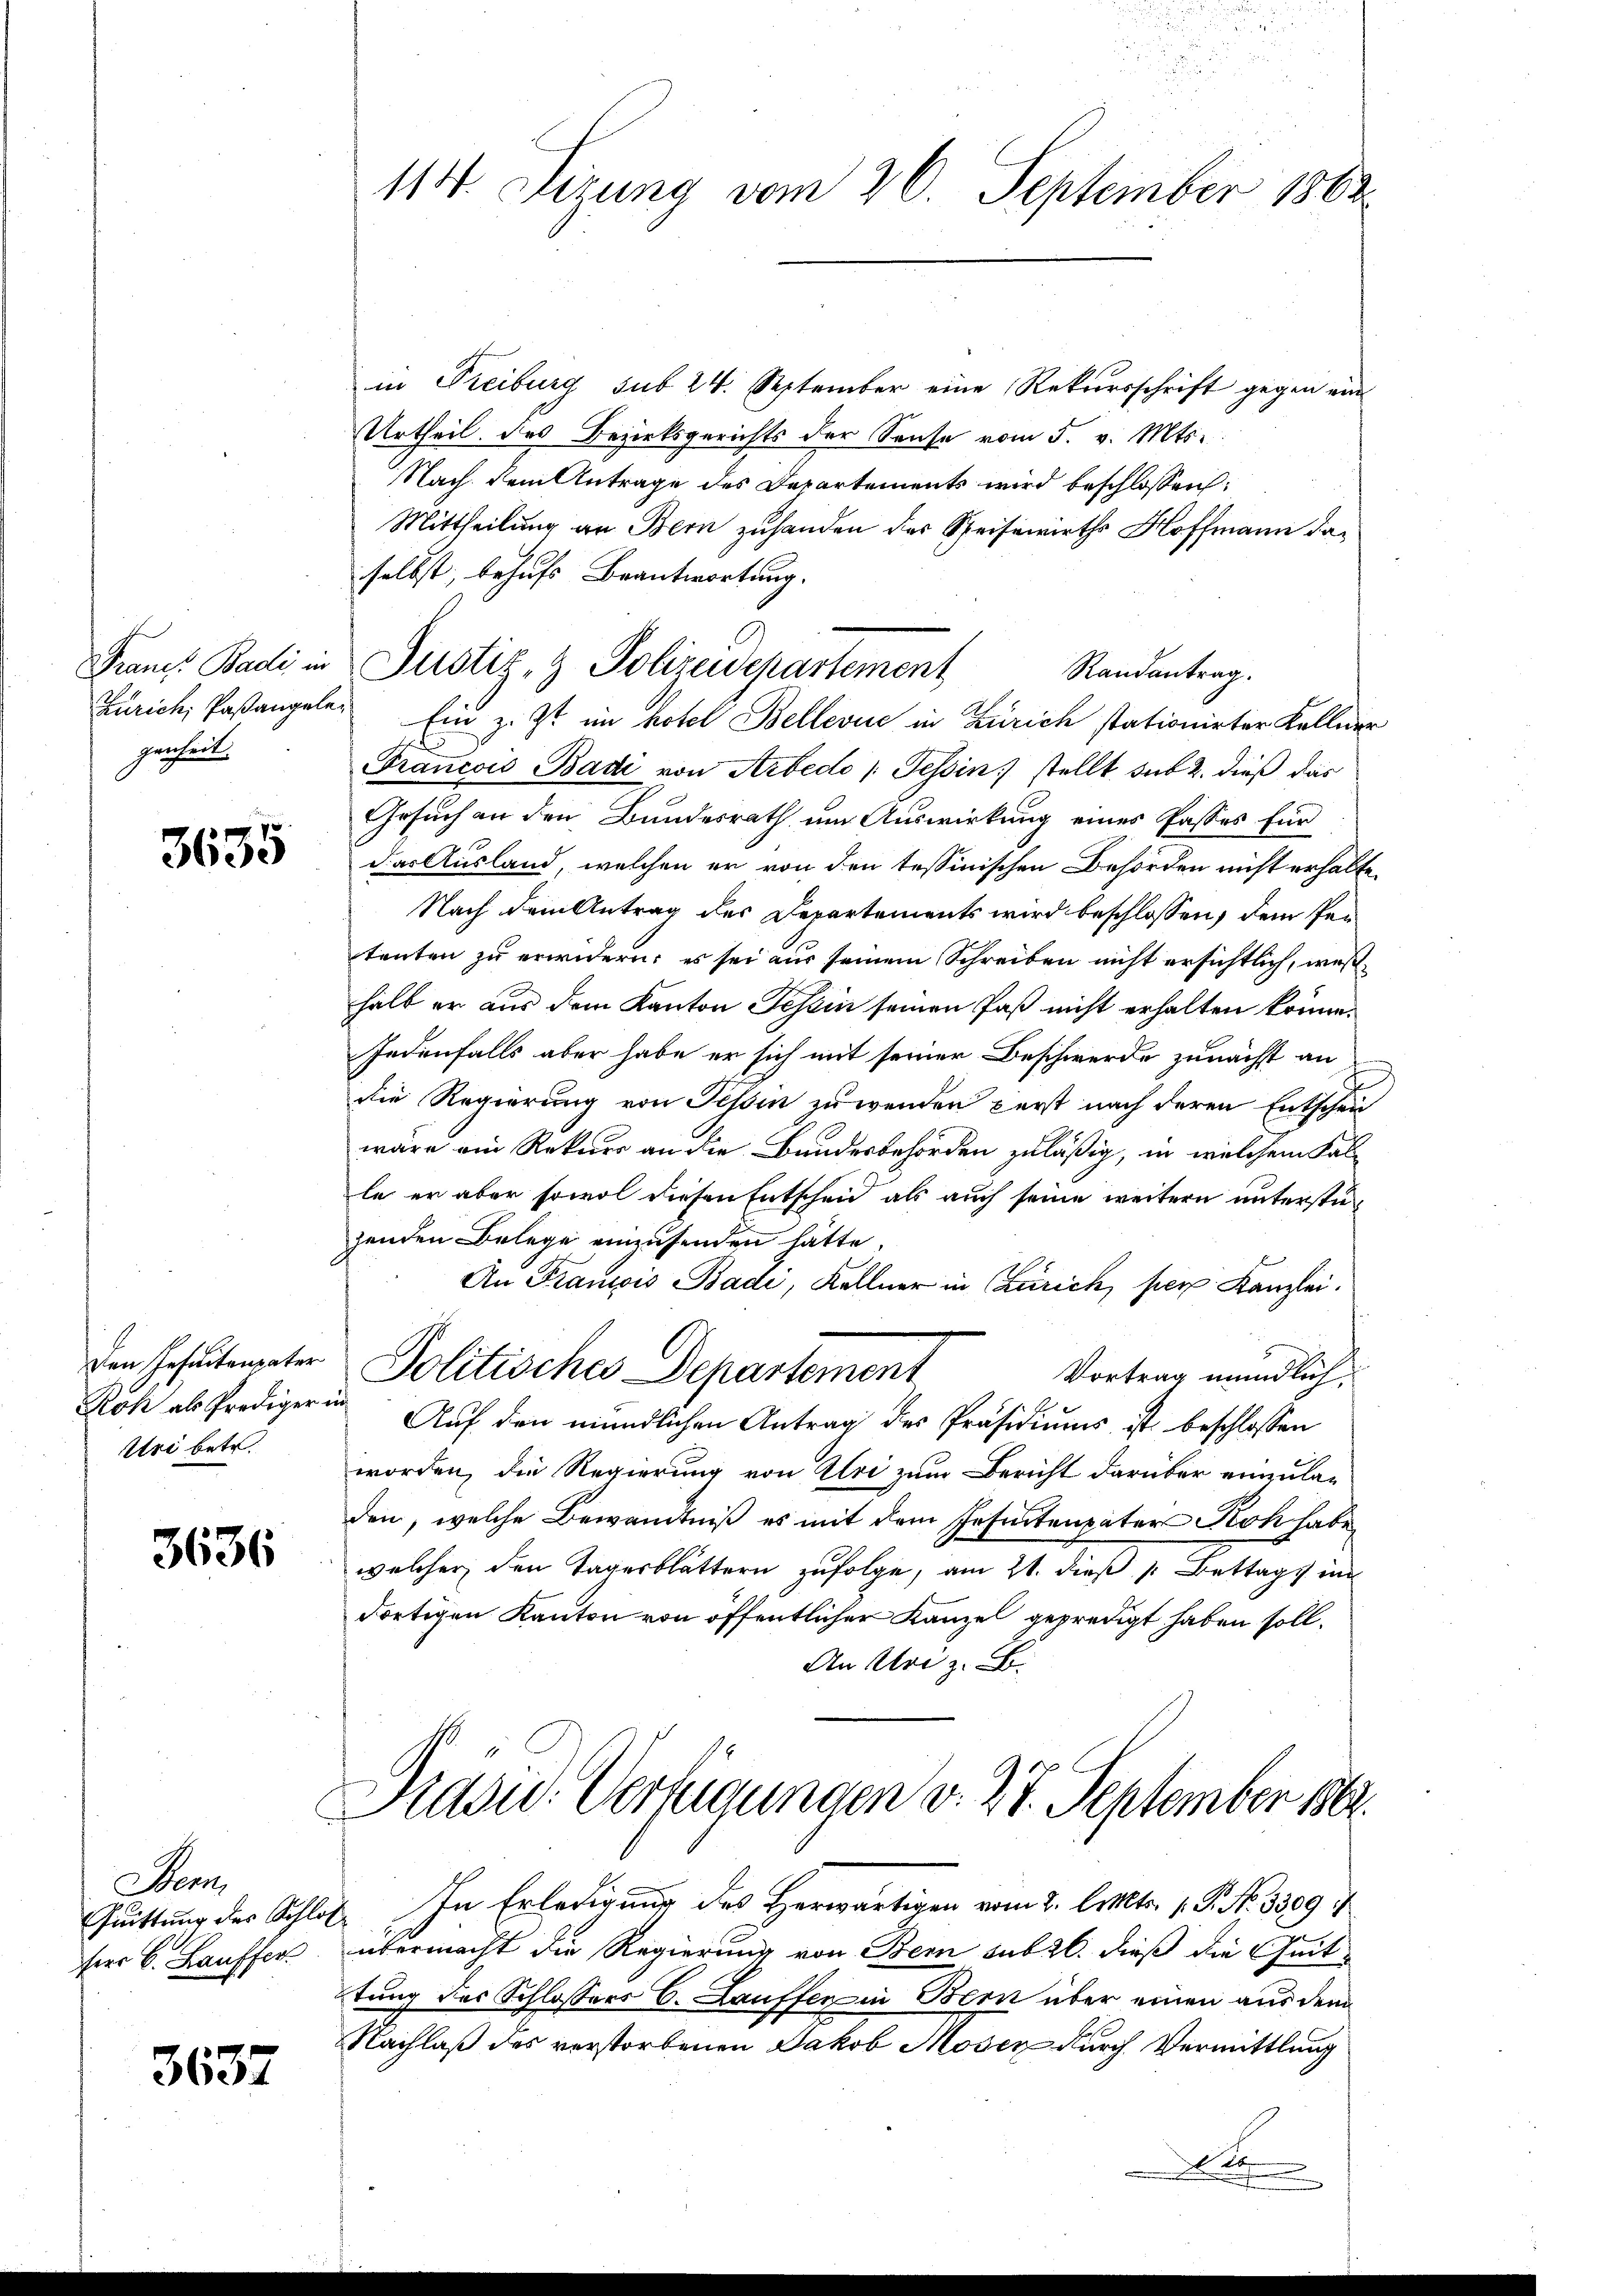
genheit.

3635

Uri betr.

3636

Dem
Quittung des Schle
ferr C. Lauffer

3637

in Freiburg sub 24. September eine Rekursschrift gegen ein
Urtheil des Bezirksgerichts der Sause vom 5. v. Mts.
Nach dem Antrage des Departements wird beschlossen:
Mittheilung an Bern zuhanden des Speisewirths Hoffmann daselbst, behufs Beantwortung.
Randantrag.
Zürich, Paßangele. Ein z. Zt. im hotel Bellevue in Zürich stationirter Kellner
Francois Badi von Arbedo : Tessin stellt sub 2. dieß das
Gesuch an den Bundesrath um Auswirkung eines Passes für
das Ausland, welchen er von den tessinischen Behörden nicht erhalte.
Nach dem Antrag des Departements wird beschlossen, dem Petanten zu erwidern; es sei aus seinem Schreiben nicht ersichtlich, weßhalb er aus dem Kanton Tessin seinen Paß nicht erhalten könne.
Jedenfalls aber habe er sich mit seiner Beschwerde zunächst an
die Regierung von Tessin zu wenden perst nach deren Entschei
wäre ein Rekurs an die Bundesbehörden zuläßig, in welchem Falle er aber sowol diesen Entscheid als auch seine weitern unterstüzenden Belege einzusenden hätte.
An Franzis Badi, Kellner in Zürich, per. Kanzlei.
den Resultierter Politisches Departement
Vortrag mündlich,
Rök als Prediger in Auf den mündlichen Antrag des Präsidiums ist beschlossen
worden, die Regierung von Uri zum Bericht darüber einzuladen, welche Bewandtniß es mit dem Insintenpater Roh habe
welcher den Tagesblättern zufolge, am 21. dieß 1: Bettags im
dortigen Kanton von öffentlicher Kanzel gepredigt haben soll.
An Uri z. B.
Prasid. Verfügungen v. 27. September 1862.
. In Erledigung des Herwärtigen vom 2. Mltr. 1. P. Nr. 3509/
übermacht die Regierung von Bern sub 26. dieß die Zeittung des Schlossers C. Lauffer in Bern über einen aus dem
Nachlaß des verstorbenen Jakob Moser durch Vermittlung
2
u

114. Sizung vom 26. September 1862

Francs Badi in Justiz- & Polizeidepartement